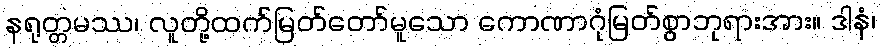
နရုတ္တမဿ၊ လူတို့ထက်မြတ်တော်မူသော ကောဏာဂုံမြတ်စွာဘုရားအား။ ဒါနံ၊